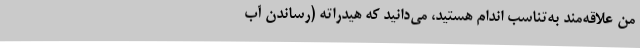
من علاقه‌مند به‌تناسب اندام هستید، می‌دانید که هیدراته (رساندن آب